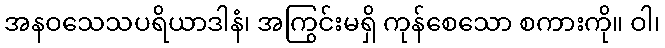
အနဝသေသပရိယာဒါနံ၊ အကြွင်းမရှိ ကုန်စေသော စကားကို။ ဝါ၊